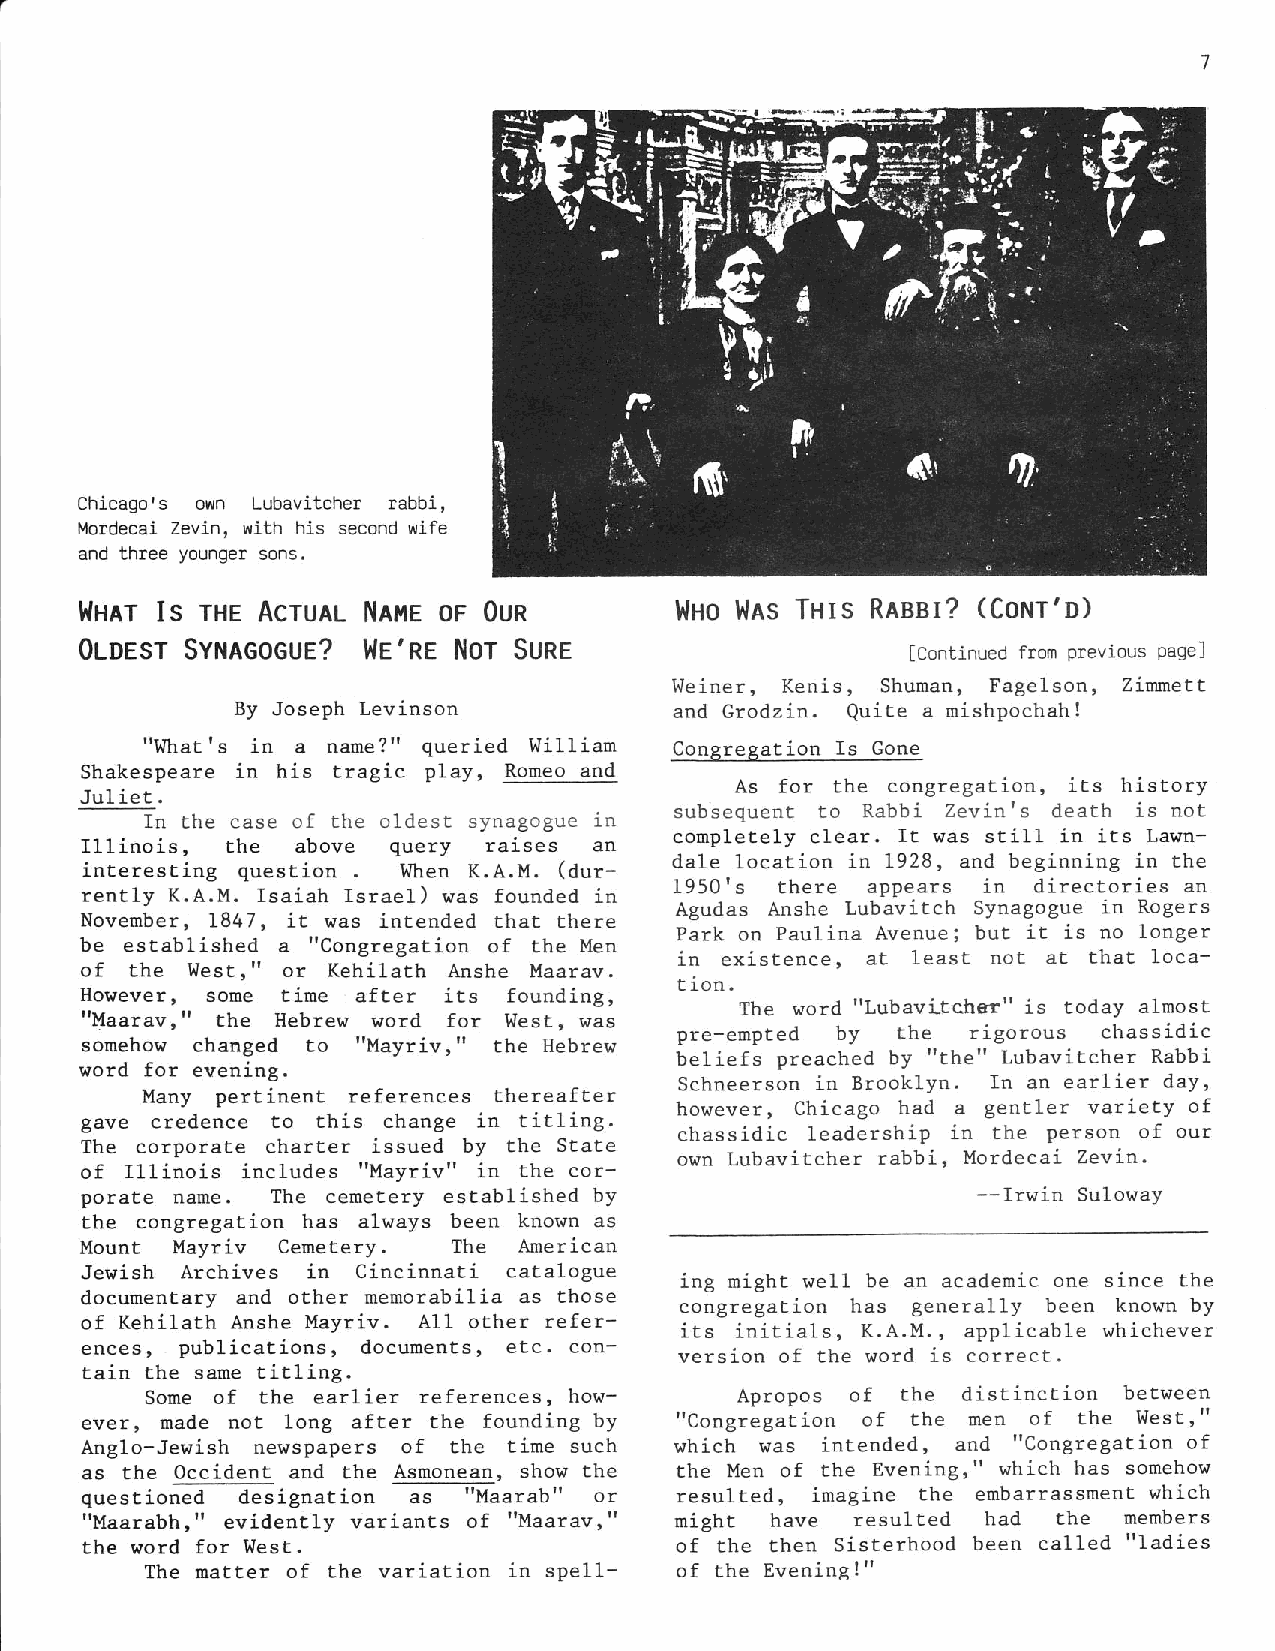
Chicagors ol/l,n Lubavitcher rabbi,
 Mordecai Zevin, wlth his secondw ife
 and three younger sons.
 (Cont'o)
 }JHlr Is rHE AcruAL NAilEo F OuR        }lHol .|ls Ttus RlssI?
 0loesr SvnneoeueW?   e'RrN orS une
 Icontinued from Prevj-ousP age]
 Weiner, Kenis, Shuman, Fagelson, Zismett
 By Joseph Lev i ns on        and Grodzin. Quite a mishpochah!
 "Whatrs in a name?" queried William Congregation Is Gone
 Shakespeare in his tragic play, Romeo and
 As for the congregat ion, its history
 Jul iet .
 subsequent to Rabbi Zevin's death is not
 In the case of the oldest synagogue in
 completely c1ear. It was still in its Lawn-
 T11inois, the  above query raises an
 interesting question . When K.A,M. (dur- dale location in 1928, and beginning in the
 1950's there appears in directories an
 rently K.A.M. Isaiah Israel) was founded in
 Agudas Anshe Lubavitch Synagogue in Rogers
 November, 1847, it was intended that there
 Park on Paulina Avenue; bul it is no longer
 be established a "Congregation of the Men
 in existence, at least not at that loca-
 of  the West," or Kehilath Anshe Maarav,
 t ion.
 Hol'ever, some time after its founding,
 The word "Lubavitcher" is today almost
 "Maaravr" the Hebrew word for West, was
 pre-empted by the  rigorous chassidic
 somehow changed to "Mayriv, " the Hebrew
 beliefs preached by "the" Lubavitcher Rabbi
 word for evening.
 Schneerson in Brooklyn. In an earlier day,
 Many pertinent references there af ter
 however, Chicago had a gentler variety of
 gave credence to this change in titling'
 chassidic leadership in the person of our
 The corporate charter issued by the State
 own Lubavitcher rabbi, Mordecai Zevin.
 of Illinois includes "Mayriv" in the cor-
 porate name. The cemetery established by                    --lrwin Suloway
 the congregation has always been known as
 Mount Mayriv  Cemetery.  The American
 Jewish Archives in Cincinnati catalogue
 ing might well be an academic one since the
 docuEentary and other memorabilia as those congregation has generally been known by
 of Kehilath Arshe Mayriv. A11 other refer-
 its initials, K.A.M., applicable whichever
 ences, publications, documents, etc. con-
 version of the word is correct.
 tain the s ame titling.
 Some of the earlier references, how-   Apropos of the disrinction between
 ever, made not long after the founding by "Congregation of the men of the West,"
 Anglo-Jewish newspapers of the time such which \.'as intended, and "Congregation of
 as the Occident and lhe Asmonean, show Ehe the Men of the Evening," which has somehow
 questioned designation as "Maarab" or   resulted, imagine the embarrassment which
 "Maarabh," evidently variants of "Maarav," mighc have resulted had the members
 the word for West.                     of the then Sisterhood been ca11ed "ladies
 The matter of the variation in spell- of the Evenine ! "